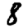
Digit: 8